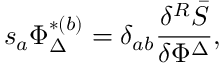
s _ { a } \Phi _ { \Delta } ^ { * ( b ) } = \delta _ { a b } \frac { \delta ^ { R } \bar { S } } { \delta \Phi ^ { \Delta } } ,